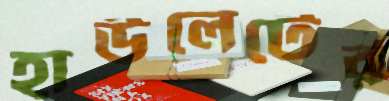
হাউলেটের